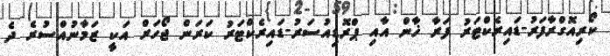
ކޯރިއޮގްރާފަރު-ޑައިރެކްޓަރު ފަރާ ޚާން އާއި ޕްރޮޑިއުސަރު-ޑައިރެކްޓަރު ކަރަން ޖޯހަރް އަކީ ޒަމާނުއްސުރެ ދެ